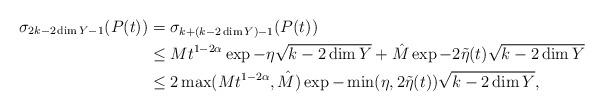
LaTeX: \begin{align*} \sigma_{2k-2\dim{Y} - 1}(P(t)) &= \sigma_{k + (k - 2\dim{Y}) - 1}(P(t))\\ &\le Mt^{1-2\alpha} \exp{-\eta \sqrt{k - 2\dim{Y}}} + \hat{M} \exp{-2\tilde{\eta}(t) \sqrt{k - 2\dim{Y}}}\\ &\le 2\max(Mt^{1-2\alpha}, \hat{M})\exp{-\min(\eta, 2\tilde{\eta}(t)) \sqrt{k - 2\dim{Y}}},\end{align*}